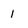
Character: 1